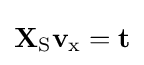
{\textbf {X}}_{\text{S}}{\textbf {v}}_{\text{x}}={\textbf {t}}